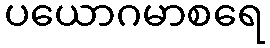
ပယောဂမာစရေ